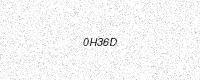
Text: 0H36D